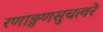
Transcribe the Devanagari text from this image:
रणाङ्गणसुचत्वरे